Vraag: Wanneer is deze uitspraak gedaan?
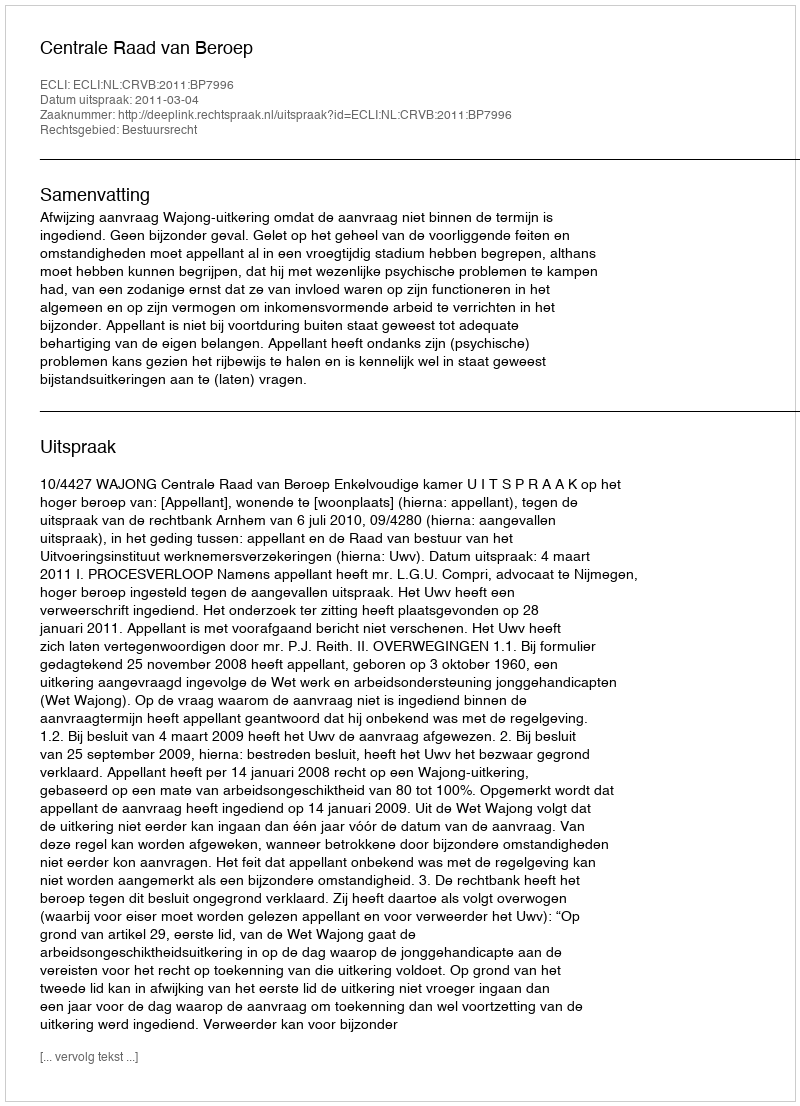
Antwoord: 2011-03-04